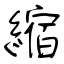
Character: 縮